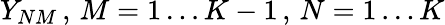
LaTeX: Y_{NM}\, ,\, M=1\ldots K-1\, ,\, N=1\ldots K